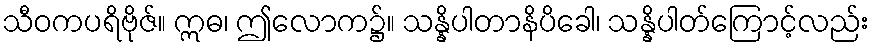
သီဝကပရိဗိုဇ်။ ဣဓ၊ ဤလောက၌။ သန္နိပါတာနိပိခေါ၊ သန္နိပါတ်ကြောင့်လည်း